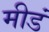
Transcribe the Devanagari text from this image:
मीडं